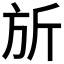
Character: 𪯲